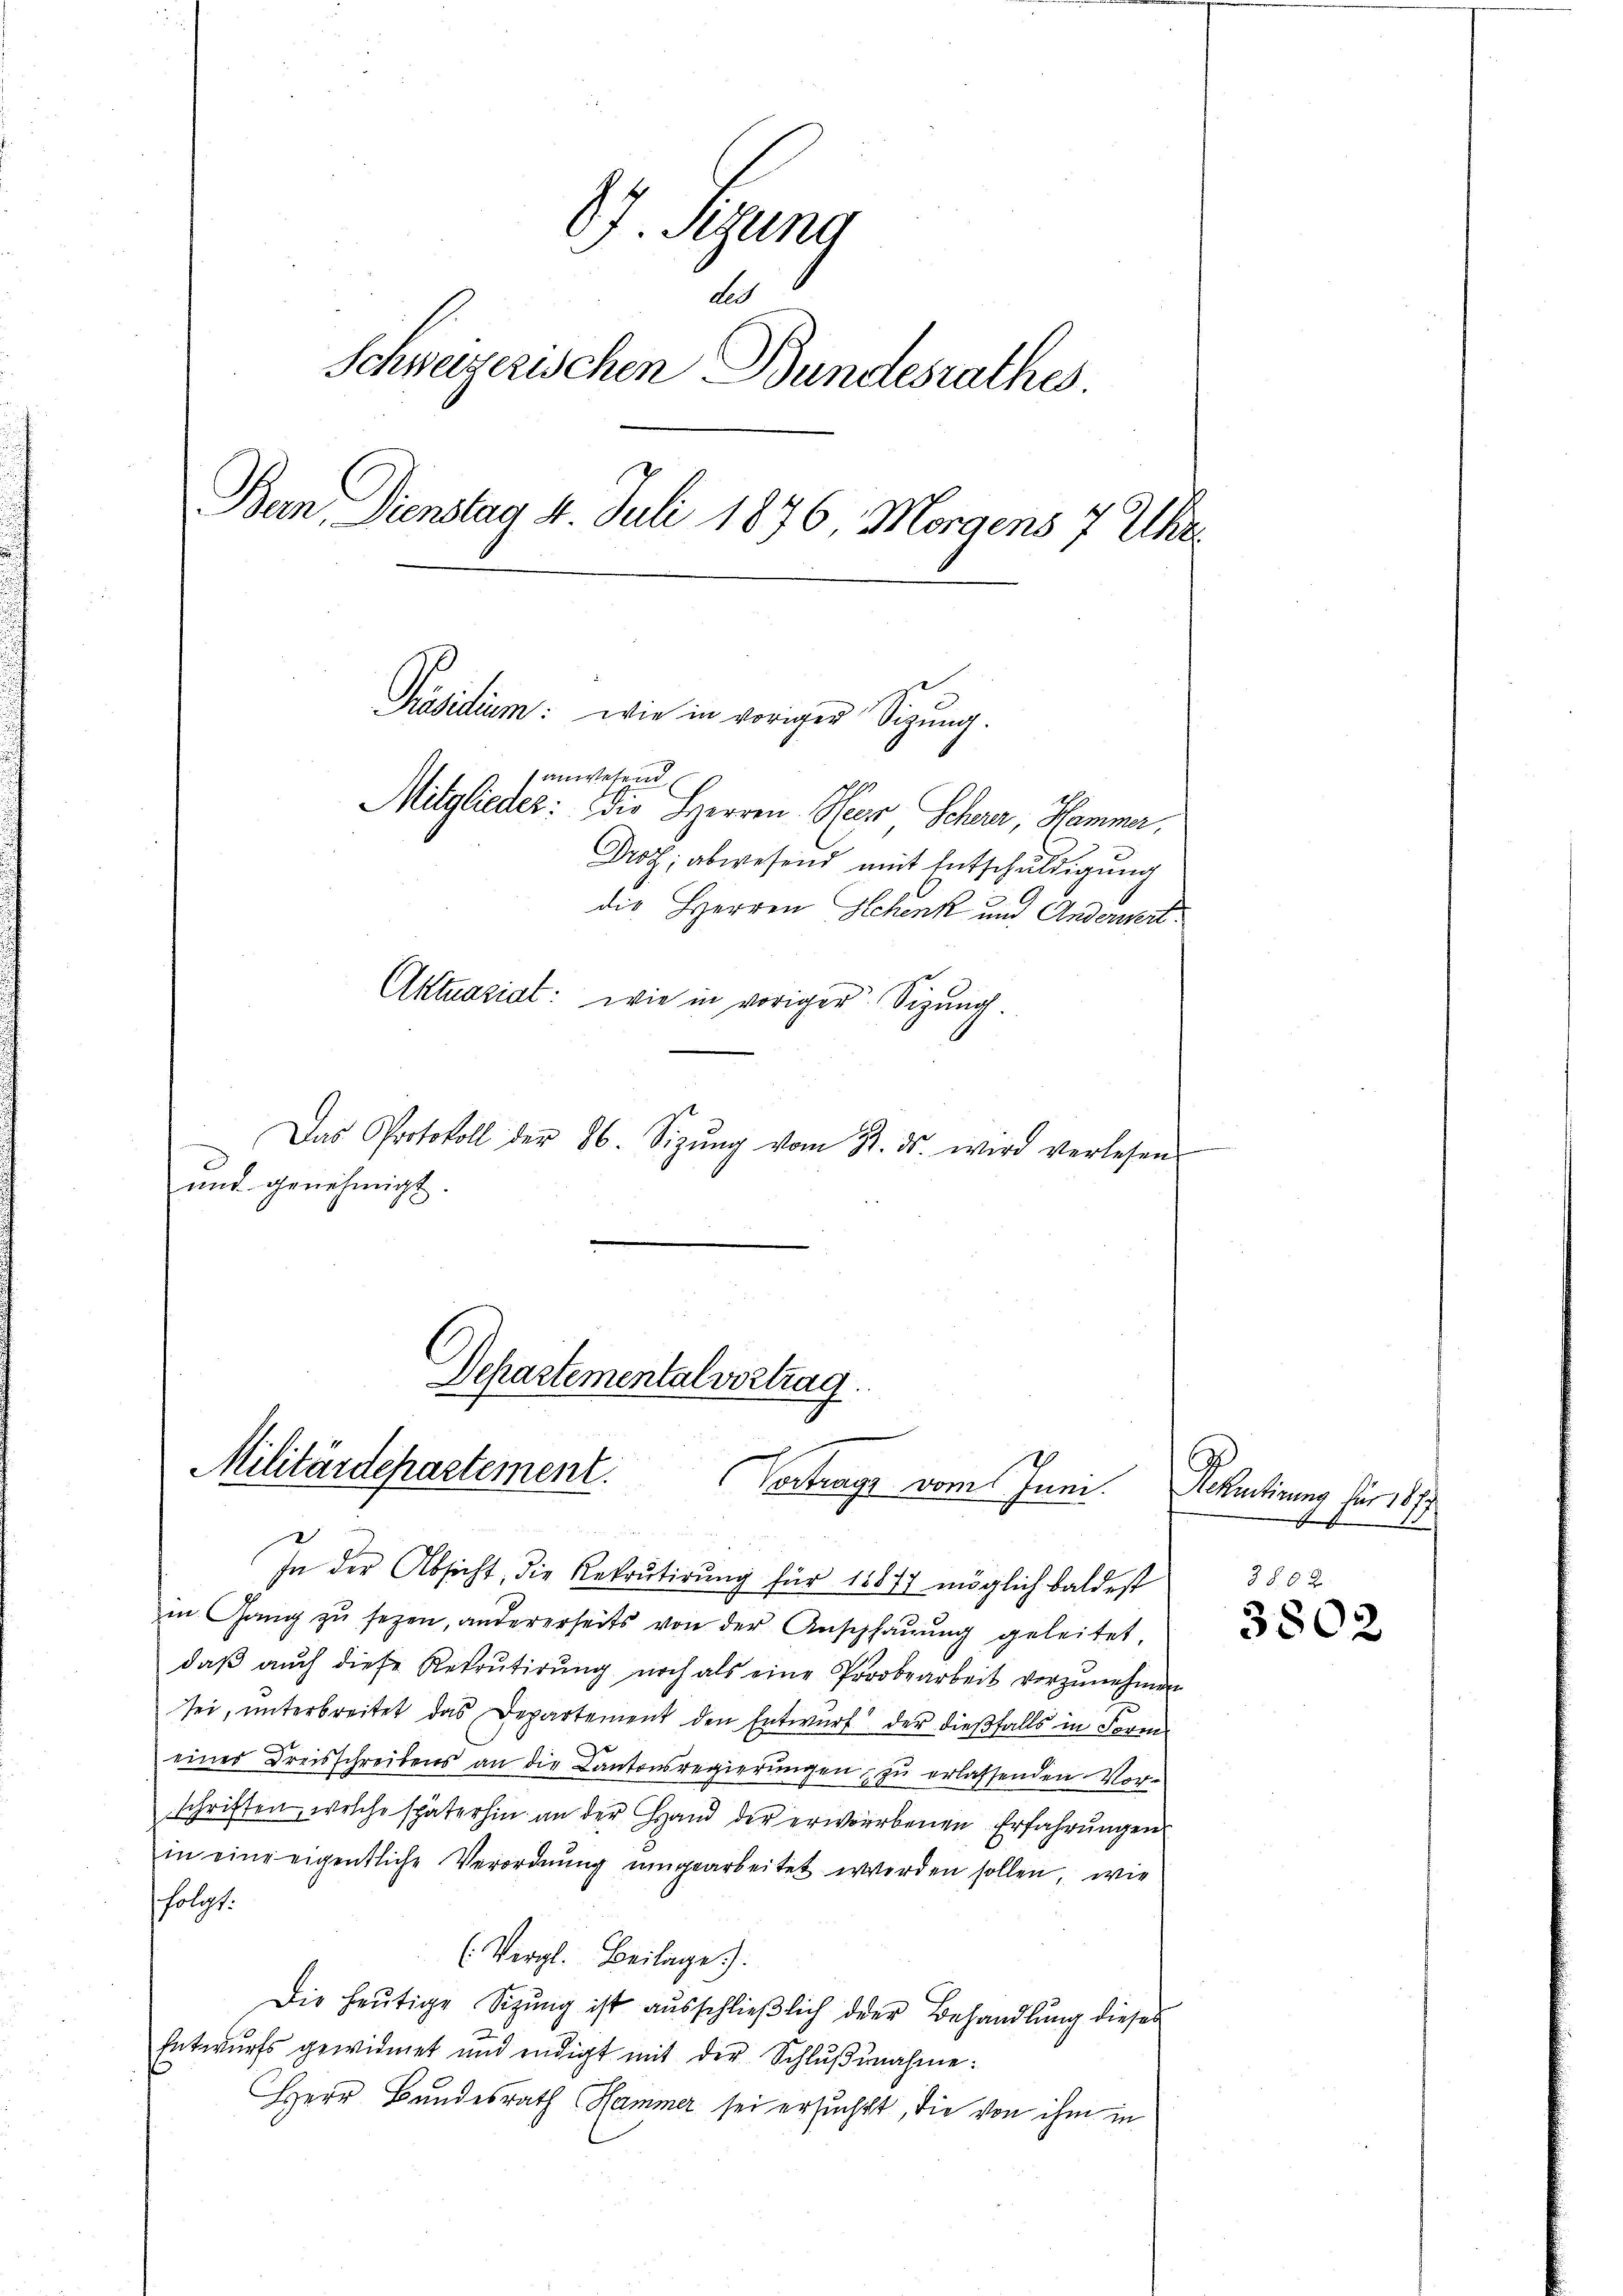
67. Segung
2
Schweizerischen Bundesrathes
Bern Dienstag 4. Juli 1876, Morgens 7 Uhr.
Präsidium: wie in voriger Sigung.
anwesend
Mitglieder: die Herren Heer Scherer, Hammer,
Drot; abwesend mit Entschuldigung
die Herren Schenk und Anderwert
Aktuasiat: wie in voriger Sitzung
 Das Protokoll der 86. Sizŭng vom 22. ds. wird verlesen
d
und genehmigt.

Departemental vortrag.
Militärdepartement.
Vertrags vom Juni.

In der Absicht, die Rekrutirŭng für 1877 möglich baldest
in Gang zŭ sezen, andererseits von der Anschhaŭŭng geleitet,
daβ aŭch diese Rekrŭtirŭng noch als eine Probearbeit vorzŭnehmen
sei, unterbreitet das Departement den Entwurf der dießfalls in Fore
eines Dreisschreibens an die Kantonsregierŭngen, zu erlassenden Vor-
schriften, welche späterhin an der Hand der erworbenen Erfahrŭngen
in eine eigentliche Verordnung umgearbeitet werden sollen, wie
folgt:
(Vergl. Beilage).
Die heŭtige Sitzŭng ist aŭsschlieβlich der Behandlung dieses
Entwurfs gewidmet und endigt mit der Schlŭβnahme:
Herr Bundesrath Hammer sei ersuchet, die von ihm in

Sehentirung bis 187
s

380 x
380.